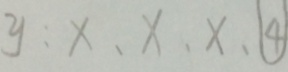
y : x , x , x , \textcircled { 4 }